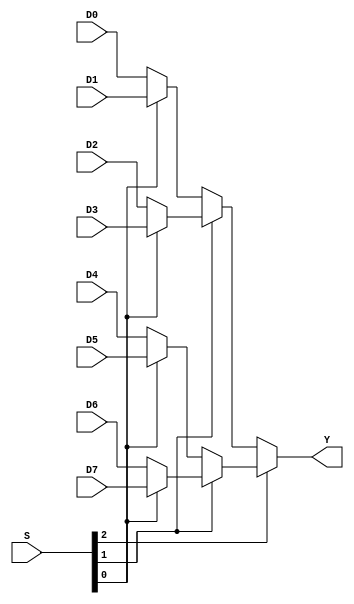
module mux_8_to_1 (
  D0,
  D1,
  D2,
  D3,
  D4,
  D5,
  D6,
  D7,
  S,
  Y
  );
  
  parameter DATA_WIDTH = 3;
   
  input  [DATA_WIDTH-1:0] D0;
  input  [DATA_WIDTH-1:0] D1;
  input  [DATA_WIDTH-1:0] D2;
  input  [DATA_WIDTH-1:0] D3;
  input  [DATA_WIDTH-1:0] D4;
  input  [DATA_WIDTH-1:0] D5;
  input  [DATA_WIDTH-1:0] D6;
  input  [DATA_WIDTH-1:0] D7;
  input  [2:0]            S;
  output [DATA_WIDTH-1:0] Y;
  
  wire   [DATA_WIDTH-1:0] D0;
  wire   [DATA_WIDTH-1:0] D1;
  wire   [DATA_WIDTH-1:0] D2;
  wire   [DATA_WIDTH-1:0] D3;
  wire   [DATA_WIDTH-1:0] D4;
  wire   [DATA_WIDTH-1:0] D5;
  wire   [DATA_WIDTH-1:0] D6;
  wire   [DATA_WIDTH-1:0] D7;
  wire   [2:0]            S;
  wire   [DATA_WIDTH-1:0] Y;
  // S == 000 then Y = D0
  // S == 001 then Y = D1
  // S == 010 then Y = D2
  // S == 011 then Y = D3
  // S == 100 then Y = D4
  // S == 101 then Y = D5
  // S == 110 then Y = D6
  // S == 111 then Y = D7
  assign Y = S[2] ? 
               (S[1] ?
                  (S[0] ? D7 : D6) :
                  (S[0] ? D5 : D4)
                ) :
                (S[1] ?
                  (S[0] ? D3 : D2) :
                  (S[0] ? D1 : D0)
                );
endmodule